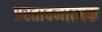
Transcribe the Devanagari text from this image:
प्रस्तावनात्मक